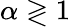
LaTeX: \alpha\gtrless 1